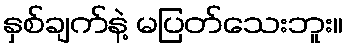
နှစ်ချက်နဲ့ မပြတ်သေးဘူး။